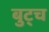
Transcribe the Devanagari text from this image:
बुट्च